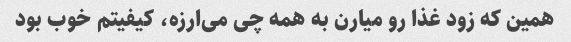
همین که زود غذا رو میارن به همه چی می‌ارزه، کیفیتم خوب بود